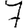
Digit: 7